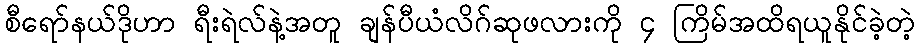
စီရော်နယ်ဒိုဟာ ရီးရဲလ်နဲ့အတူ ချန်ပီယံလိဂ်ဆုဖလားကို ၄ ကြိမ်အထိရယူနိုင်ခဲ့တဲ့